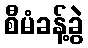
စီမံခန့်ခွဲ